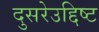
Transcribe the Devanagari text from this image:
दुसरेउद्दिष्ट